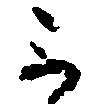
不